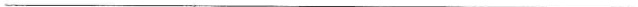
___